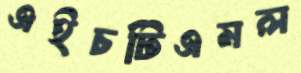
এইচটিএমল